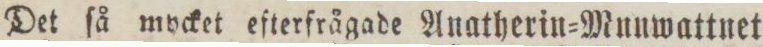
Det ſå mycket efterfrågade Anatherin=Mnuwattnet